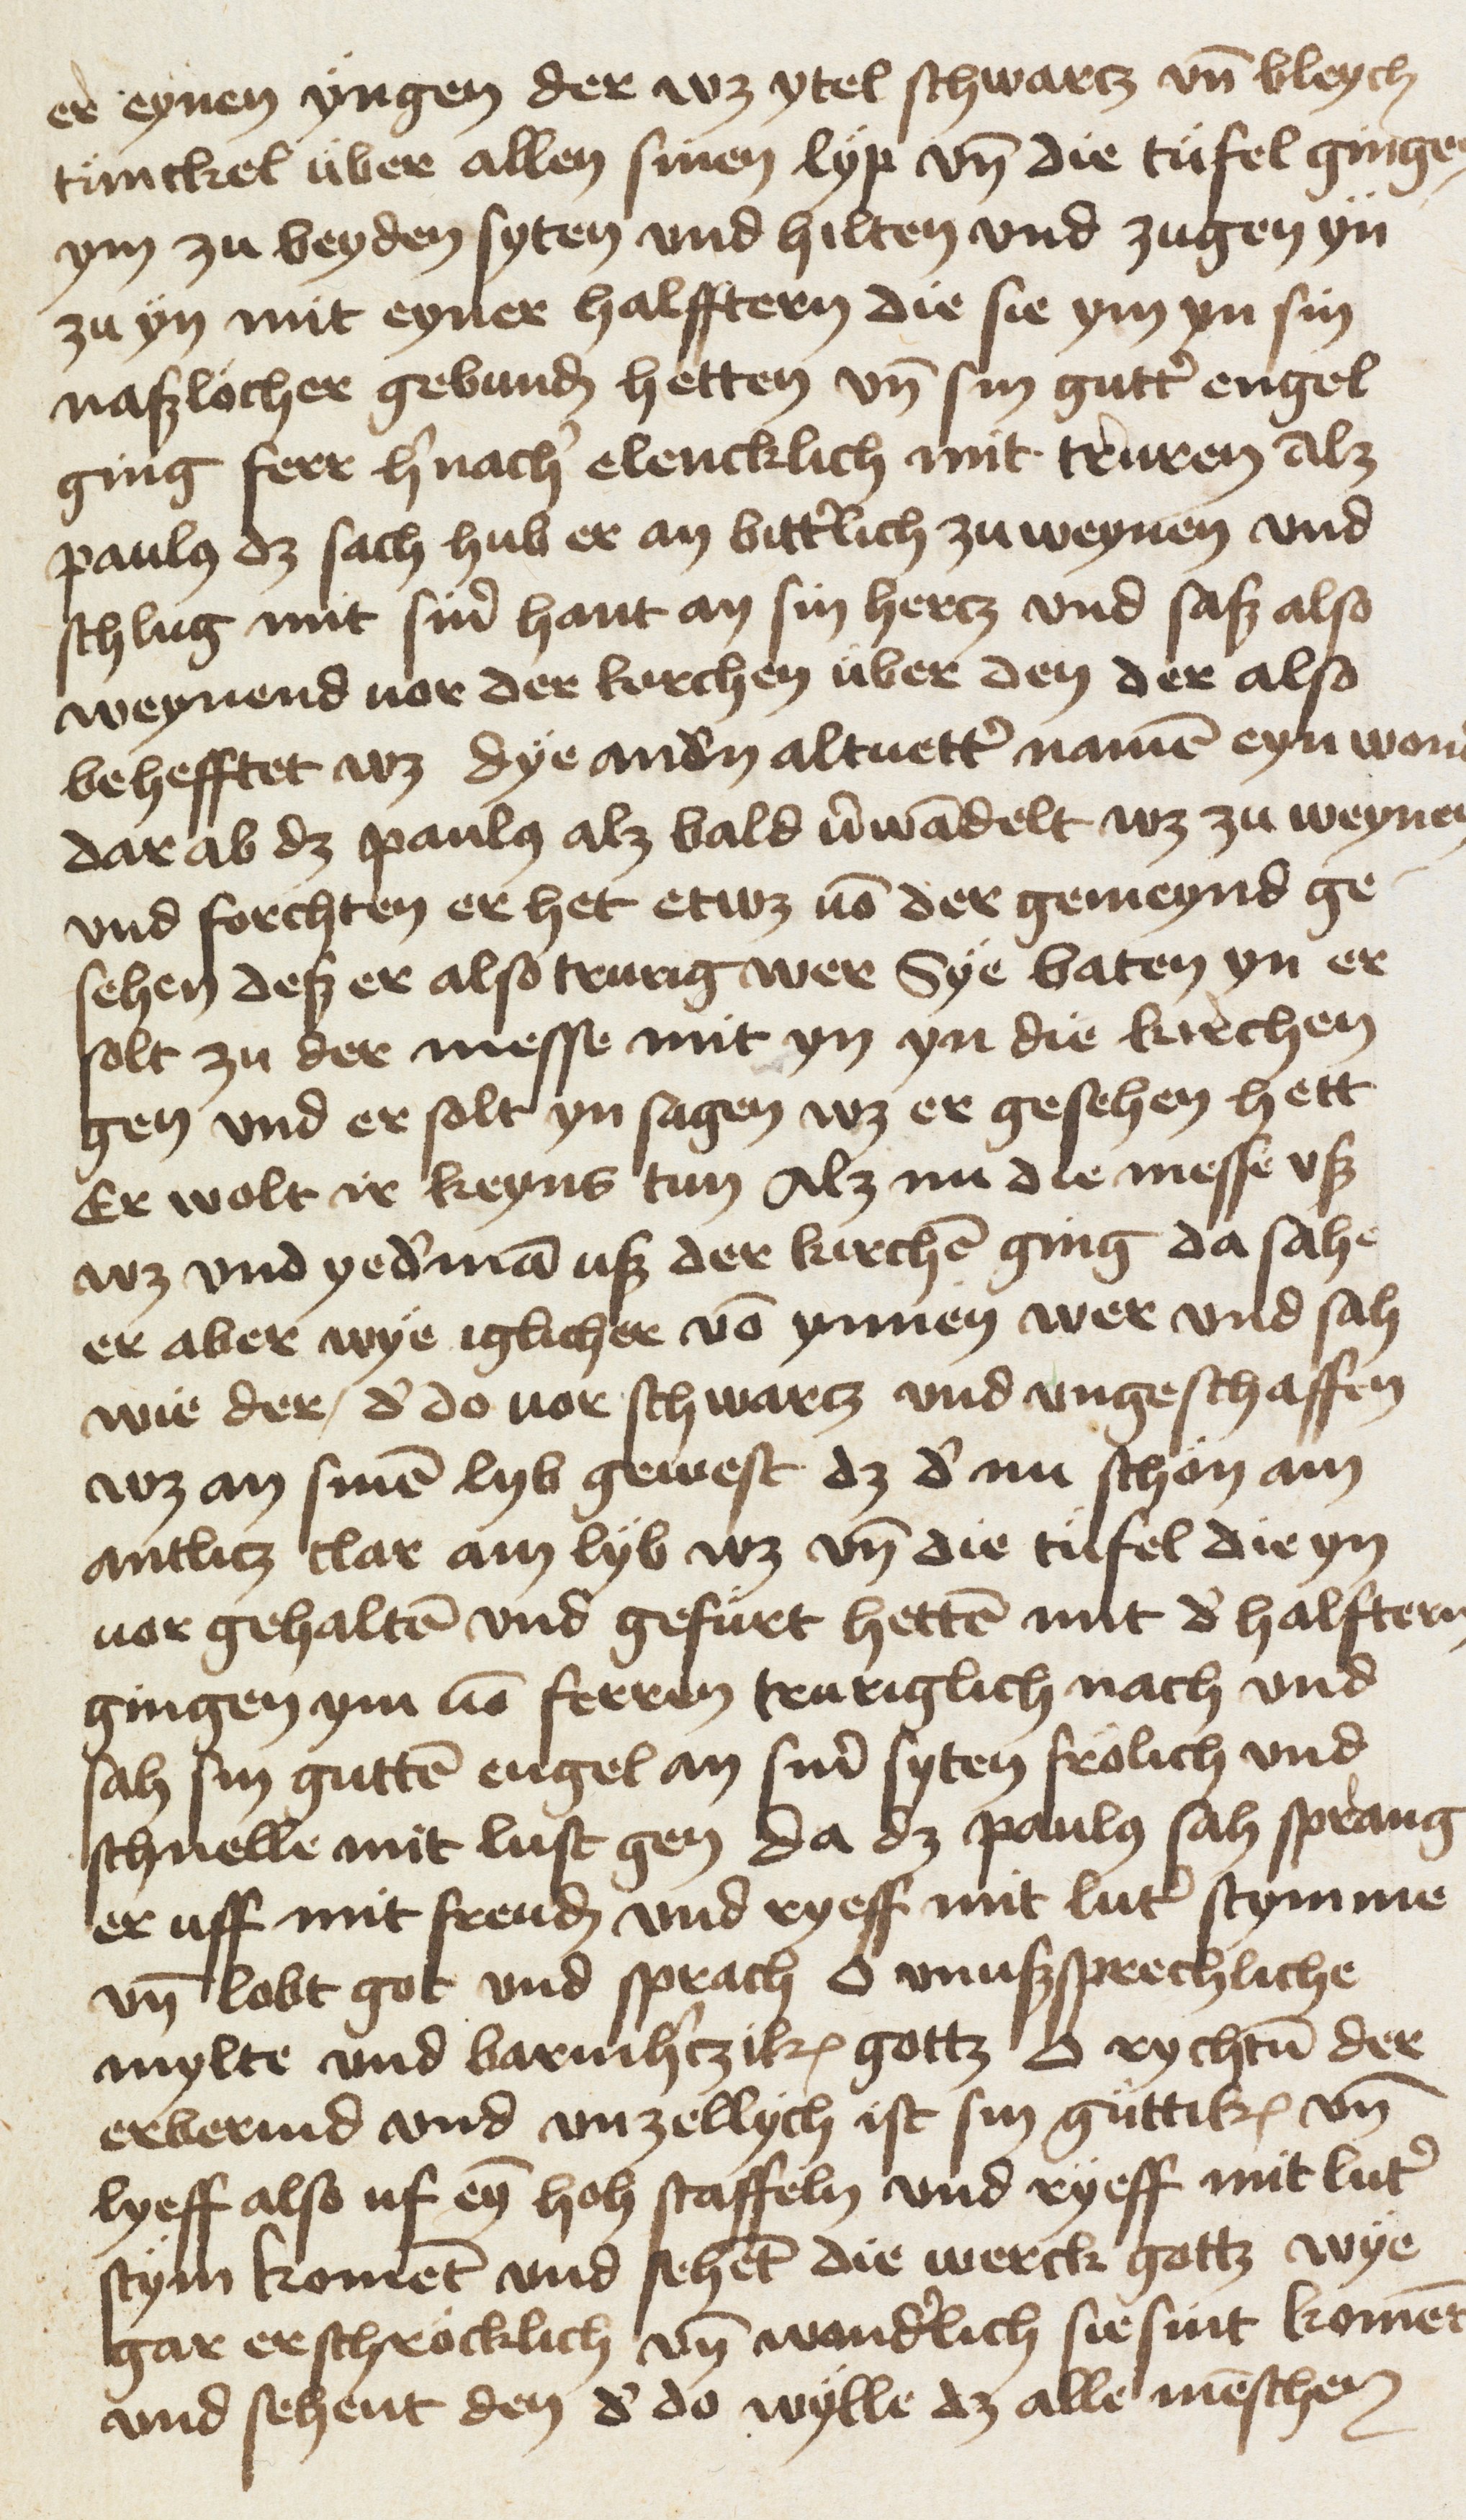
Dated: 1453–1453